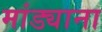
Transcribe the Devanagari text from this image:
मांड्याना